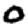
Digit: 0